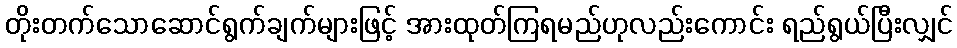
တိုးတက်သောဆောင်ရွက်ချက်များဖြင့် အားထုတ်ကြရမည်ဟုလည်းကောင်း ရည်ရွယ်ပြီးလျှင်